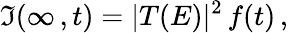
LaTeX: \mathfrak{I}(\infty\, ,t)=|T(E)|^{2}\, f(t)\, ,